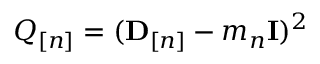
Q _ { [ n ] } = ( { \mathbf D } _ { [ n ] } - m _ { n } { \bf I } ) ^ { 2 }